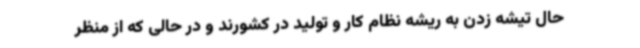
حال تیشه زدن به ریشه نظام کار و تولید در کشورند و در حالی که از منظر